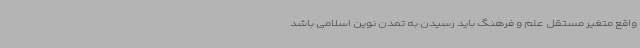
واقع متغیر مستقل علم و فرهنگ باید رسیدن به تمدن نوین اسلامی باشد